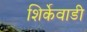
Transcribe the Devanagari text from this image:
शिर्केवाडी